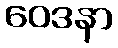
ဝေဒနာ